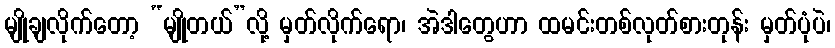
မျိုချလိုက်တော့ “မျိုတယ်”လို့ မှတ်လိုက်ရော၊ အဲဒါတွေဟာ ထမင်းတစ်လုတ်စားတုန်း မှတ်ပုံပဲ၊